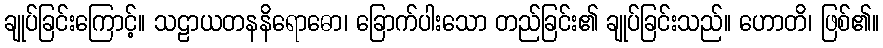
ချုပ်ခြင်းကြောင့်။ သဠာယတနနိရောဓော၊ ခြောက်ပါးသော တည်ခြင်း၏ ချုပ်ခြင်းသည်။ ဟောတိ၊ ဖြစ်၏။